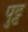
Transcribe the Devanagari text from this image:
पुट्ट